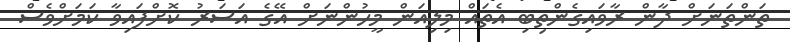
ތަންތަނަށް ދާން ރާވައިގެންތިބި އެތައް މިލިއަން މީހުންނަށް އޭގެ އަސަރު ކޮށްފައިވާ ކަމަށްވެސް